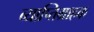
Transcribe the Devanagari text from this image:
व्याप्तिग्राहक